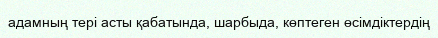
адамның тері асты қабатында, шарбыда, көптеген өсімдіктердің